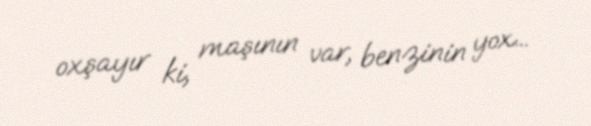
oxşayır ki, maşının var, benzinin yox...